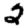
Digit: 2